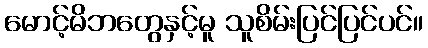
မောင့်မိဘတွေနှင့်မူ သူစိမ်းပြင်ပြင်ပင်။